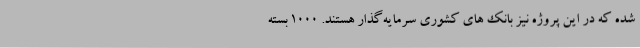
شده که در این پروژه‌ نیز بانک های کشوری سرمایه‌گذار هستند. 1000 بسته